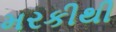
મરકીથી